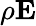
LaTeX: \rho{\mathbf E}